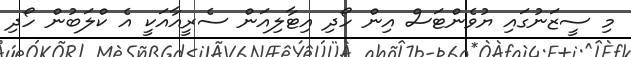
މި ސީޒަނުގައި ޔުވެންޓަސް އިން ހޯދި އިޓާލިއަން ސެރީއާއަކީ އެ ކްލަބުން ހޯދި